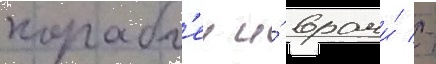
корабл'еи и́ врачи́ -